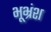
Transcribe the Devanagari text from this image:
भूभ्रंश